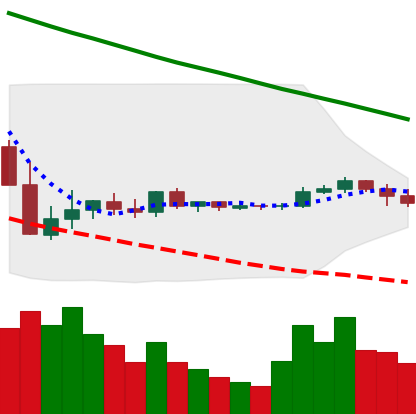
Ticker: XLM-USD
Chart end date: 2019-10-12
Forward return: 8.248%
Label: up_7plus